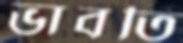
ভাবতি